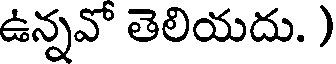
ఉన్నవో తెలియదు. )